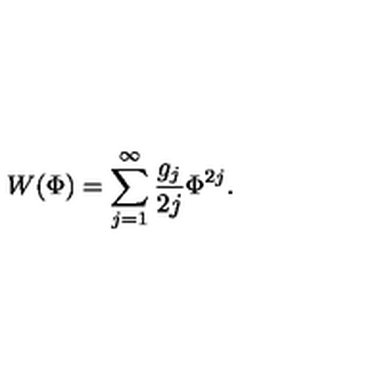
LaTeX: W ( \Phi ) = \sum _ { j = 1 } ^ { \infty } \frac { g _ { j } } { 2 j } \Phi ^ { 2 j } .